Problem: 2 + 12 = ?
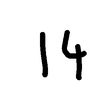
Handwritten answer: 14